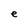
Character: e